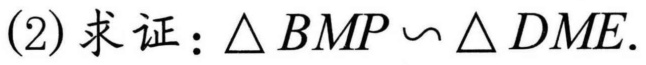
(2) 求证：\(\triangle BMP\sim\triangle DME\).